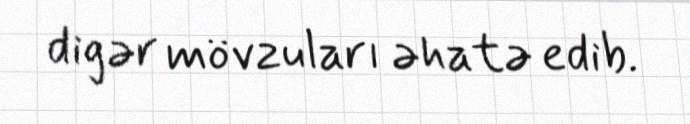
digər mövzuları əhatə edib.